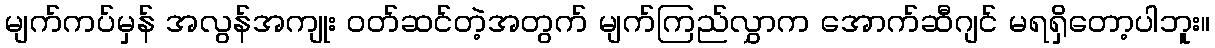
မျက်ကပ်မှန် အလွန်အကျုး ဝတ်ဆင်တဲ့အတွက် မျက်ကြည်လွှာက အောက်ဆီဂျင် မရရှိတော့ပါဘူး။